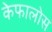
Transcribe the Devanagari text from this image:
केफालोस